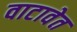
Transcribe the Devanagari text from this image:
वाटावेत